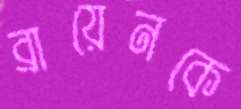
ব্রায়েনকে